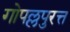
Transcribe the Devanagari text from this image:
गोपल्लपुरत्त